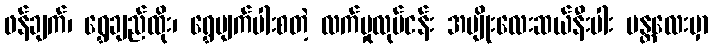
ဖန်ချက်၊ ရွှေချည်ထိုး၊ ရွှေမျက်ပါးစတဲ့ လက်မှုလုပ်ငန်း အမျိုးလေးဆယ်နီးပါး မန္တလေးမှာ